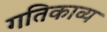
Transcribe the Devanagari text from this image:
गतिकाव्य